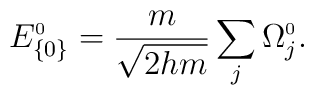
E_{\{0\}}^{\scriptscriptstyle 0} = \frac{m}{\sqrt{2hm}}\sum_{j}\Omega_{j}^{\scriptscriptstyle 0}.